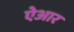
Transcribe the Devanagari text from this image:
ऐआर